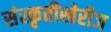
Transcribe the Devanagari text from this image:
संस्कृतीखेरीज